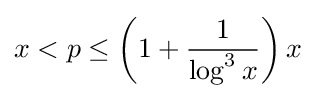
x<p\leq \left(1+{\frac {1}{\log ^{3}{x}}}\right)x